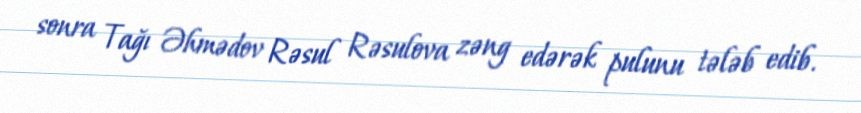
sonra Tağı Əhmədov Rəsul Rəsulova zəng edərək pulunu tələb edib.